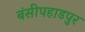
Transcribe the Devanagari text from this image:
बंसीपहाडपुर